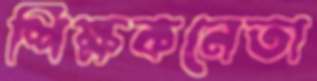
শিক্ষকনেতা